Civil Veterinary Dept. North-West Frontier Province 1933-46 - 1933-1946
Year: 1933
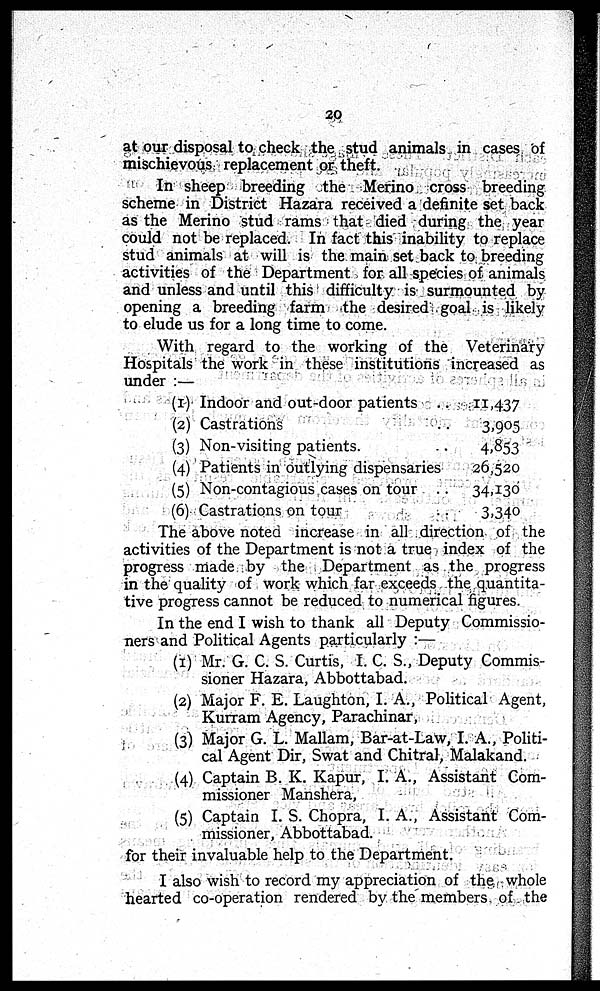
20
at our disposal to check the stud animals in cases of
mischievous replacement or theft.
In sheep breeding the Merino cross breeding
scheme in District Hazara received a definite set back
as the Merino stud rams that died during the year
could not be replaced. In fact this inability to replace
stud animals at will is the main set back to breeding
activities of the Department for all species of animals
and unless and until this difficulty is surmounted by
opening a breeding farm the desired goal is likely
to elude us for a long time to come.
With regard to the working of the Veterinary
Hospitals the work in these institutions increased as
under :—
(1) Indoor and out-door patients ..
(2) Castrations ..
(3) Non-visiting patients. ..
(4) Patients in outlying dispensaries
(5) Non-contagious cases on tour ..
(6) Castrations on tour ..
11,437
3,905
4,853
26,520
34,130
3,340
The above noted increase in all direction of the
activities of the Department is not a true index of the
progress made by the Department as the progress
in the quality of work which far exceeds the quantita-
tive progress cannot be reduced to numerical figures.
In the end I wish to thank all Deputy Commissio-
ners and Political Agents particularly :—
(1) Mr. G. C. S. Curtis, I. C. S., Deputy Commis-
sioner Hazara, Abbottabad.
(2) Major F. E. Laughton, I. A., Political Agent,
Kurram Agency, Parachinar,
(3) Major G. L. Mallam, Bar-at-Law, I. A., Politi-
cal Agent Dir, Swat and Chitral, Malakand.
(4) Captain B. K. Kapur, I. A., Assistant Com-
missioner Manshera,
(5) Captain I. S. Chopra, I. A., Assistant Com-
missioner, Abbottabad.
for their invaluable help to the Department.
I also wish to record my appreciation of the whole
hearted co-operation rendered by the members of the